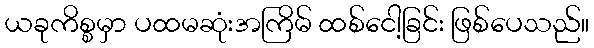
ယခုကိစ္စမှာ ပထမဆုံးအကြိမ် ထစ်ငေါ့ခြင်း ဖြစ်ပေသည်။